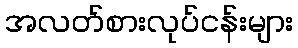
အလတ်စားလုပ်ငန်းများ